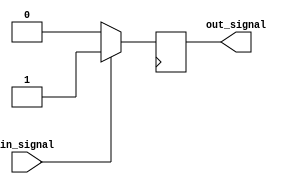
module high_speed_buffer (
    input wire in_signal,  // Input signal to buffer
    output reg out_signal  // Output signal from buffer
);

// Buffer logic to ensure high-speed transmission
always @(posedge clk) begin
    if (in_signal) begin
        out_signal <= 1'b1;
    end else begin
        out_signal <= 1'b0;
    end
end

endmodule